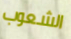
الشعوب